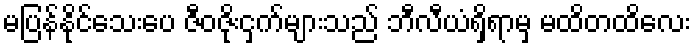
မပြန်နိုင်သေးပေ ဇီဝဇိုးငှက်များသည် ဘီလီယံရှိရာမှ မထိတထိလေး